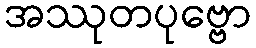
အဿုတပုဗ္ဗော